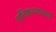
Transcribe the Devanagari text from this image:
प्रतिष्ठापनाचार्य